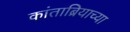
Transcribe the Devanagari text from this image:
कांताब्रियाच्या